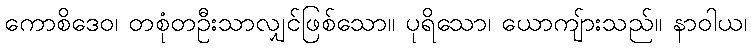
ကောစိဒေဝ၊ တစုံတဦးသာလျှင်ဖြစ်သော။ ပုရိသော၊ ယောကျ်ားသည်။ နာဝါယ၊